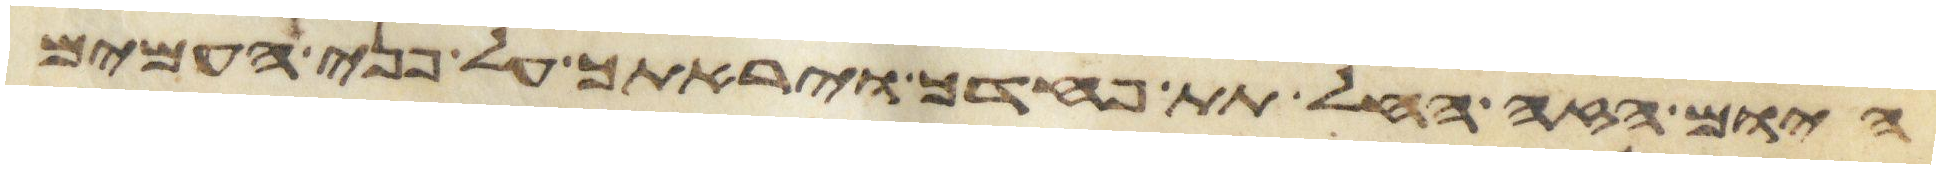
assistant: היום הזה החל תת פחדך ויראתך על פני העמים